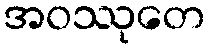
အဝဿုတေ